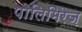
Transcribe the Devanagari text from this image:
पोलिमिरेज़